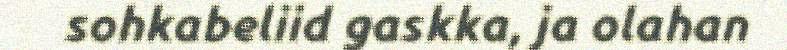
sohkabeliid gaskka, ja olahan